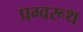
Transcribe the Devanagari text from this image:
प्रग्वरूथ